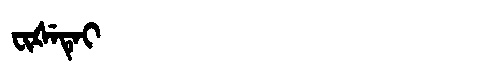
Manchu: ᠸᡳᡧᡝᡨᡝᡳ
Romanization: FIŠETEI